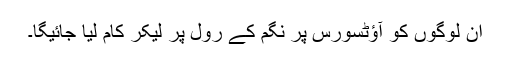
ان لوگوں کو آؤٹسورس پر نگم کے رول پر لیکر کام لیا جائیگا۔